Indian journal of veterinary science and animal husbandry - Volumes 24-25, 1954-1955
Year: 1954
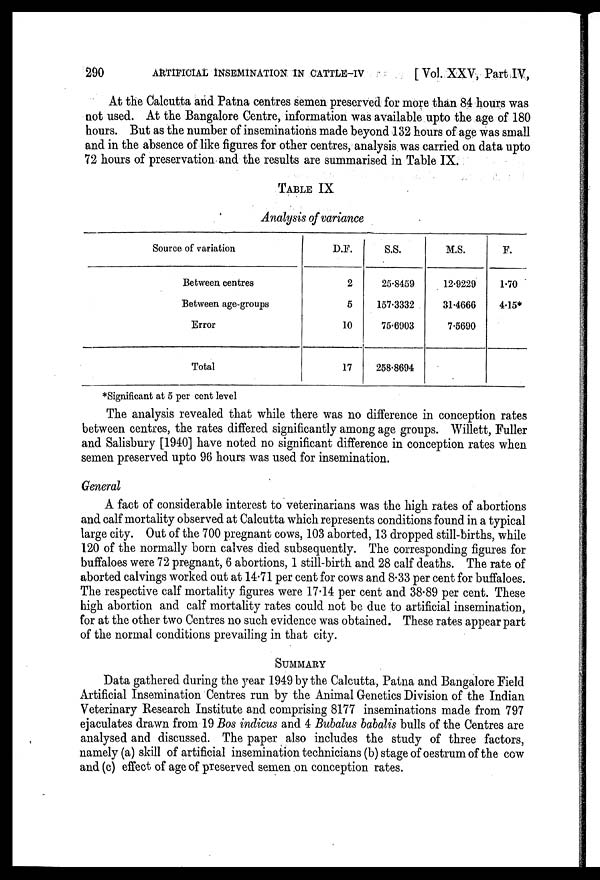
290 ARTIFICIAL INSEMINATION IN CATTLE-IV [ Vol. XXV, Part IV,
At the Calcutta and Patna centres semen preserved for more than 84 hours was
not used. At the Bangalore Centre, information was available upto the age of 180
hours. But as the number of inseminations made beyond 132 hours of age was small
and in the absence of like figures for other centres, analysis was carried on data upto
72 hours of preservation and the results are summarised in Table IX.
TABLE IX
Analysis of variance
Source of variation
Between centres
Between age-groups
Error
Total
D.F.
2
5
10
17
S.S.
25.8459
157.3332
75.6903
258.8694
M.S.
12.9229
31.4666
7.5690
F.
1.70
4.15*
*Significant at 5 per cent level
The analysis revealed that while there was no difference in conception rates
between centres, the rates differed significantly among age groups. Willett, Fuller
and Salisbury [1940] have noted no significant difference in conception rates when
semen preserved upto 96 hours was used for insemination.
General
A fact of considerable interest to veterinarians was the high rates of abortions
and calf mortality observed at Calcutta which represents conditions found in a typical
large city. Out of the 700 pregnant cows, 103 aborted, 13 dropped still-births, while
120 of the normally born calves died subsequently. The corresponding figures for
buffaloes were 72 pregnant, 6 abortions, 1 still-birth and 28 calf deaths. The rate of
aborted calvings worked out at 14.71 per cent for cows and 8.33 per cent for buffaloes.
The respective calf mortality figures were 17.14 per cent and 38.89 per cent. These
high abortion and calf mortality rates could not be due to artificial insemination,
for at the other two Centres no such evidence was obtained. These rates appear part
of the normal conditions prevailing in that city.
SUMMARY
Data gathered during the year 1949 by the Calcutta, Patna and Bangalore Field
Artificial Insemination Centres run by the Animal Genetics Division of the Indian
Veterinary Research Institute and comprising 8177 inseminations made from 797
ejaculates drawn from 19 Bos indicus and 4 Bubalus babalis bulls of the Centres are
analysed and discussed. The paper also includes the study of three factors,
namely (a) skill of artificial insemination technicians (b) stage of oestrum of the cow
and (c) effect of age of preserved semen on conception rates.